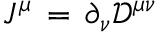
J ^ { \mu } \, = \, \partial _ { \nu } { \mathcal { D } } ^ { \mu \nu }